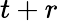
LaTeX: t+r